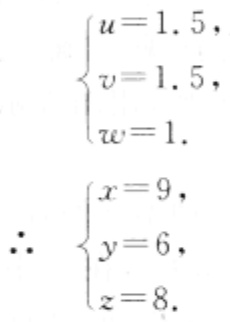
\[
\begin{cases}
u = 1.5,\\
v = 1.5,\\
w = 1.
\end{cases}
\]
\[
\therefore
\begin{cases}
x = 9,\\
y = 6,\\
z = 8.
\end{cases}
\]